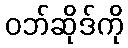
ဝဘ်ဆိုဒ်ကို